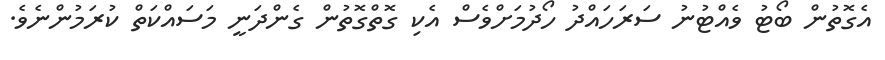
އެގޮތުން ބޯޓު ވެއްޓުނު ސަރަހައްދު ހޯދުމަށްވެސް އެކި ގޮތްގޮތުން ގެންދަނީ މަސައްކަތް ކުރަމުންނެވެ.